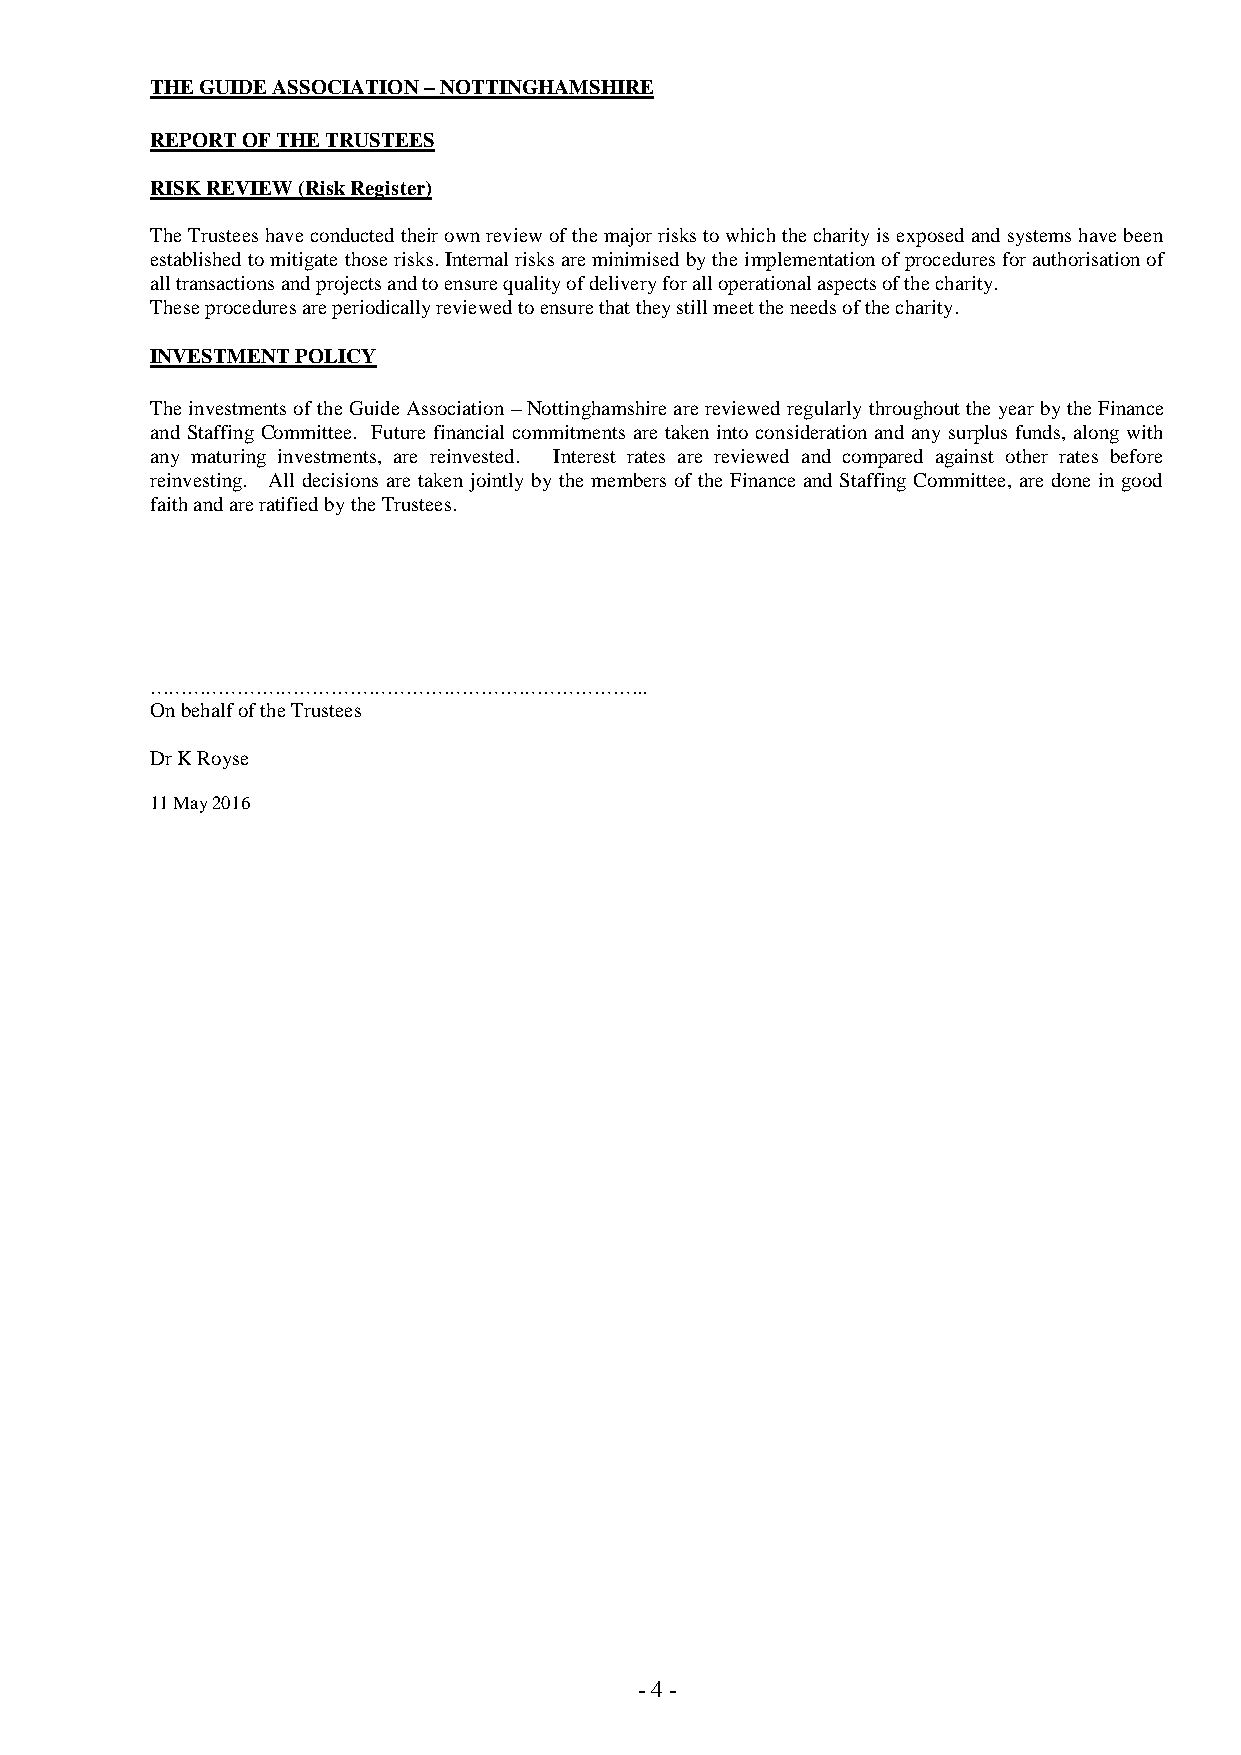
THE GUIDE ASSOCIATION – NOTTINGHAMSHIRE
 REPORT OF THE TRUSTEES
 RISK REVIEW (Risk Register)
 The Trustees have conducted their own review of the major risks to which the charity is exposed and systems have been
 established to mitigate those risks. Internal risks are minimised by the implementation of procedures for authorisation of
 all transactions and projects and to ensure quality of delivery for all operational aspects of the charity.
 These procedures are periodically reviewed to ensure that they still meet the needs of the charity.
 INVESTMENT POLICY
 The investments of the Guide Association – Nottinghamshire are reviewed regularly throughout the year by the Finance
 and Staffing Committee. Future financial commitments are taken into consideration and any surplus funds, along with
 any maturing investments, are reinvested. Interest rates are reviewed and compared against other rates before
 reinvesting. All decisions are taken jointly by the members of the Finance and Staffing Committee, are done in good
 faith and are ratified by the Trustees.
 ……………………………………………………………………..
 On behalf of the Trustees
 Dr K Royse
 11 May 2016
 - 4 -